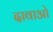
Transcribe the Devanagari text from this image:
दावाओ